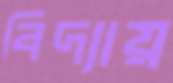
বিদ্যায়